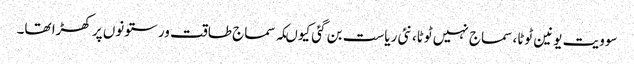
سوویت یونین ٹوٹا، سماج نہیں ٹوٹا، نئی ریاست بن گئی کیوںکہ سماج طاقت ور ستونوں پر کھڑا تھا۔